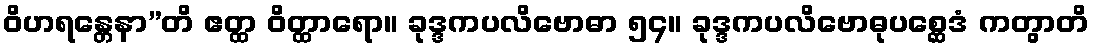
ဝိဟရန္တေနာ”တိ ဧတ္ထ ဝိတ္ထာရော။ ခုဒ္ဒကပလိဗောဓာ ၅၄။ ခုဒ္ဒကပလိဗောဓုပစ္ဆေဒံ ကတွာတိ